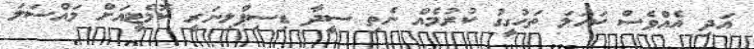
އަދި އެއްވެސް ކަހަލަ ތަހުގީގު ކުރުމެއް ނެތި ސީދާ ޑިސިޕްލިނަރީ ކޮމެޓީއަށް މައްސަލަ